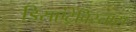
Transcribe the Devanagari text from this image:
डिसएंट्रेविस्तास